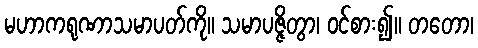
မဟာကရုဏာသမာပတ်ကို။ သမာပဇ္ဇိတွာ၊ ဝင်စား၍။ တတော၊